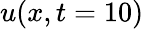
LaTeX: u(x,t=10)